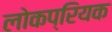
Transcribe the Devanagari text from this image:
लोकप्रियक